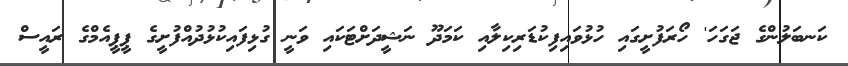
ކަނބަލުންގެ ޖަގަހަ' ހޯރަފުށީގައި ހުޅުވައިފިކުޑަރިކިލާއި ކަމަދޫ ނަޝީދަށްޓަކައި ވަނީ ގުޅިފައިކުޅުދުއްފުށީގެ ޕީޕީއެމްގެ ރައީސް